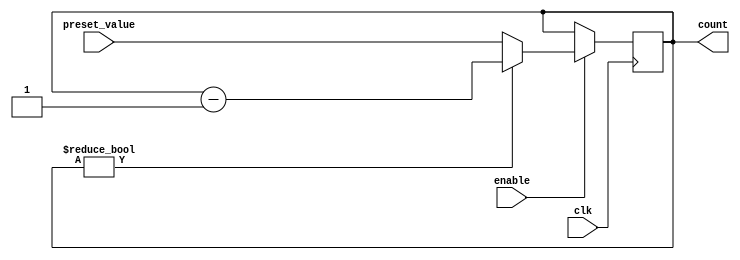
module Binary_Down_Counter (
    input wire clk,
    input wire enable,
    input wire [N-1:0] preset_value,
    output reg [N-1:0] count
);
parameter N = 4; // Change the value of N based on the desired bit width of the counter

always @(posedge clk) begin
    if (enable) begin
        if (count != 0) begin
            count <= count - 1;
        end else begin
            count <= preset_value;
        end
    end
end

endmodule